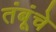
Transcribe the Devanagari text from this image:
तंबूंचे